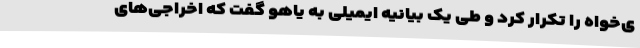
ی‌خواه را تکرار کرد و طی یک بیانیه ایمیلی به یاهو گفت که اخراجی‌های